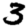
Digit: 3